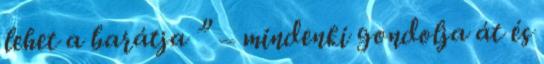
lehet a barátja ” – mindenki gondolja át és